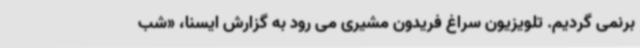
برنمی گردیم. تلویزیون سراغ فریدون مشیری می رود به گزارش ایسنا، «شب